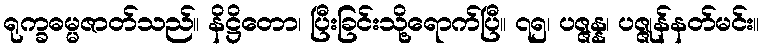
ရုက္ခဓမ္မဇာတ်သည်။ နိဋ္ဌိတော၊ ပြီးခြင်းသို့ရောက်ပြီ။ ၇၅၊ ပဇ္ဇန္န၊ ပဇ္ဇုန်နတ်မင်း။